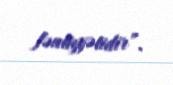
fəaliyyətidir”.